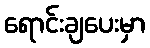
ရောင်းချပေးမှာ